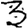
Digit: 3